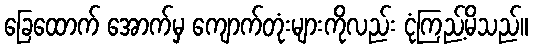
ခြေထောက် အောက်မှ ကျောက်တုံးများကိုလည်း ငုံကြည့်မိသည်။